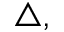
\triangle ,